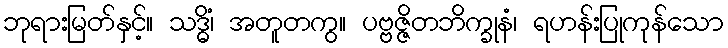
ဘုရားမြတ်နှင့်။ သဒ္ဓိံ၊ အတူတကွ။ ပဗ္ဗဇ္ဇိတဘိက္ခုနံ၊ ရဟန်းပြုကုန်သော